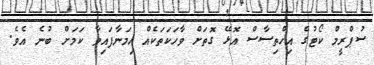
ސުޕްރީމް ކޯޓުގެ އިހްތިސާސް އޮޅޭ ގޮތަށް ވާހަކަތަކެއް ހިމަނާފައިވާ ކަމަށް ބުނެ އެވެ.